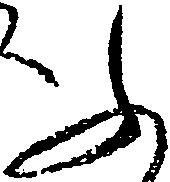
ふ